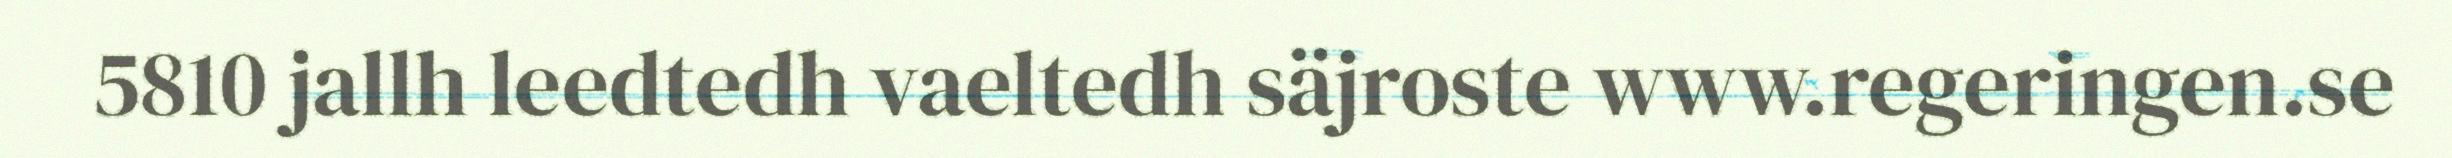
5810 jallh leedtedh vaeltedh säjroste www.regeringen.se